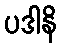
ပဒါနိ